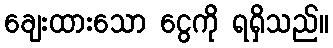
ချေးထားသော ငွေကို ရရှိသည်။